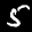
Label: 5